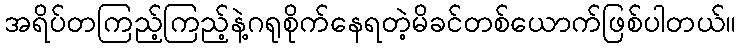
အရိပ်တကြည့်ကြည့်နဲ့ဂရုစိုက်နေရတဲ့မိခင်တစ်ယောက်ဖြစ်ပါတယ်။